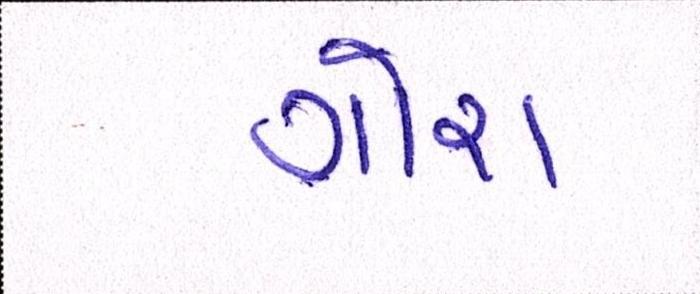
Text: ગોરા